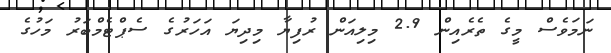
ނަަމަވެސް މީގެ ތެރެއިން 2.9 މިލިއަން ރުފިޔާ މިދިޔަ އަހަރުގެ ސެޕްޓެމްބަރު މަހުގެ